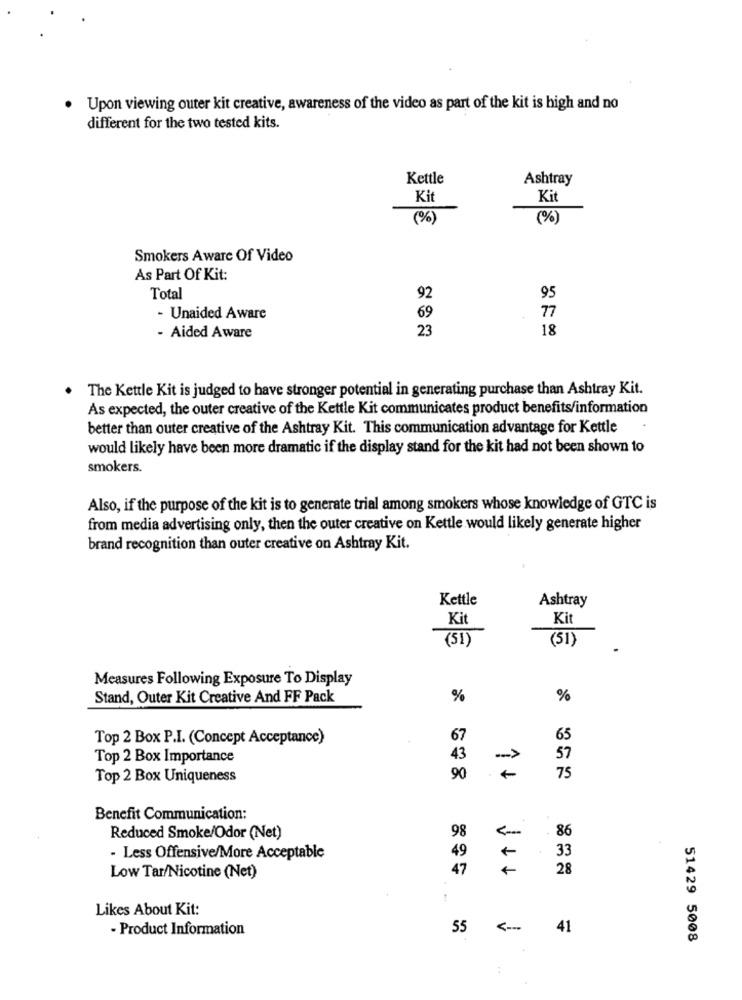
Upon viewing outer kit creative, awareness of the video as part of the kit is high and no
different for the two tested kits.
Kettle
Ashtray
Ki
Kit
(%)
(%)
Smokers Aware Of Video
As Part Of Kit:
95
Total
92
- Unaided Aware
69
77
23
18
- Aided Aware
The Kettle Kit is judged to have stronger potential in generating purchase than Ashtray Kit.
As expected, the outer creative of the Kettle Kit communicates product benefits/information
better than outer creative of the Ashtray Kit. This communication advantage for Kettle
would likely have been more dramatic if the display stand for the kit had not been shown to
smokers.
Also, if the purpose of the kit is to generate trial among smokers whose knowledge of GTC is
from media advertising only, then the outer creative on Kettle would likely generate higher
brand recognition than outer creative on Ashtray Kit.
Kettle
Ashtray
Kit
Kit
(51)
(51)
Measures Following Exposure To Display
Stand, Outer Kit Creative And FF Pack
%
%
Top 2 Box P.I. (Concept Acceptance)
67
65
Top 2 Box Importance
43
57
Top 2 Box Uniqueness
90
11
75
Benefit Communication:
98
Reduced Smoke/Odor (Net)
86
49
33
- Less Offensive/More Acceptable
47
+
28
Low Tar/Nicotine (Net)
Likes About Kit:
- Product Information
55
<--
41
51429 5008